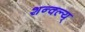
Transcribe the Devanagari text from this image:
शन्क्ल्य्